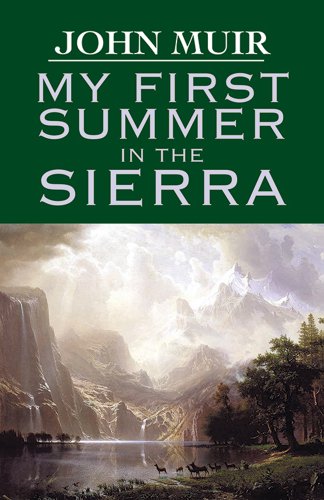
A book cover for My First Summer in the Sierra (Dover Books on Americana); John Muir; Science & Math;